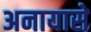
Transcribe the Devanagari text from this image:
अनायासे